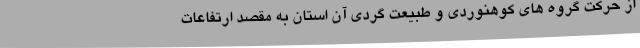
از حرکت گروه های کوهنوردی و طبیعت گردی آن استان به مقصد ارتفاعات